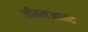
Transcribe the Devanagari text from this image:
जीबनआनंद